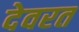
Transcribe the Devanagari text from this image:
देवरत